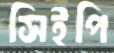
সিইপি